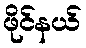
ဖိုင်နယ်